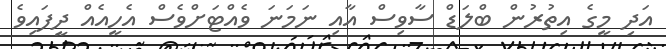
އަދި މީގެ އިތުރުން ބްލަޑް ސާވިސް އާއި ނަމަނަ ވެއްޓަށްވެސް އެހީއެއް ދީފައިވެ